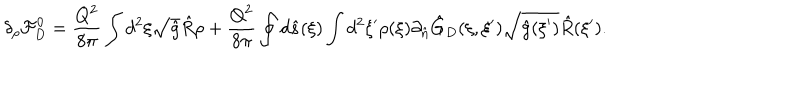
{ \delta _ { \rho } } { \mathcal { F } _ { D } ^ { 0 } } = { \frac { Q ^ { 2 } } { 8 \pi } } \int { d ^ { 2 } } \xi \sqrt { \hat { g } } \hat { R } \rho + { \frac { Q ^ { 2 } } { 8 \pi } } \oint { d } \hat { s } ( \xi ) \int { d ^ { 2 } } \xi ^ { \prime } \rho ( \xi ) { \partial _ { \hat { n } } } { \hat { G } _ { D } } ( \xi , \xi ^ { \prime } ) \sqrt { \hat { g } ( \xi ^ { \prime } ) } \hat { R } ( \xi ^ { \prime } ) .